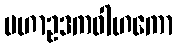
မဟာဥဒကဝါဟကော